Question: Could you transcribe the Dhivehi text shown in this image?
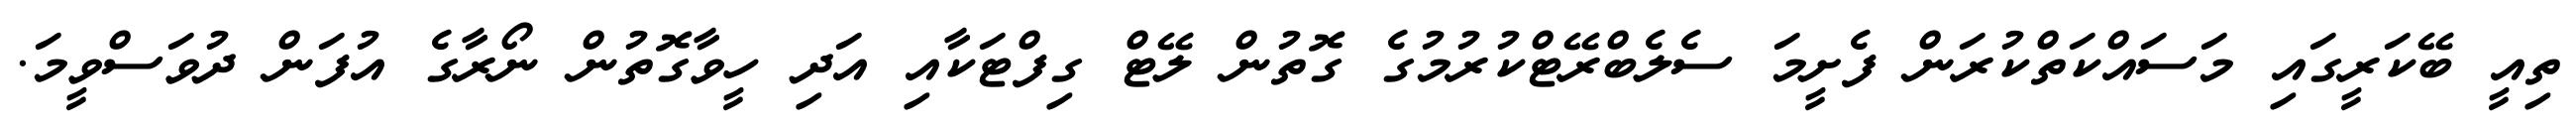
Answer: ތިއީ ބޭކަރީގައި މަސައްކަތްކުރަން ފެށީމަ ސެލެބްރޭޓްކުރުމުގެ ގޮތުން ލޭޓް ގިފްޓަކާއި އަދި ހީވާގޮތުން ނޯރާގެ އުފަން ދުވަސްވީމަ.